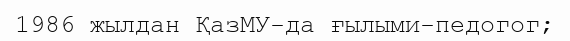
1986 жылдан ҚазМУ-да ғылыми-педогог;